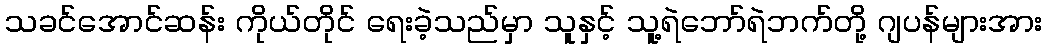
သခင်အောင်ဆန်း ကိုယ်တိုင် ရေးခဲ့သည်မှာ သူနှင့် သူ့ရဲဘော်ရဲဘက်တို့ ဂျပန်များအား